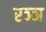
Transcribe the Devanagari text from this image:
रञ्ञ